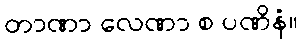
တာဏာ လေဏာ စ ပဏိနံ။